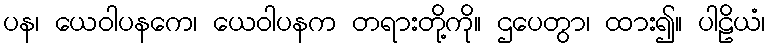
ပန၊ ယေဝါပနကေ၊ ယေဝါပနက တရားတို့ကို။ ဌပေတွာ၊ ထား၍။ ပါဠိယံ၊